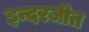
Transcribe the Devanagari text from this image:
इन्दरजीत